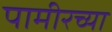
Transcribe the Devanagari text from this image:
पामीरच्या